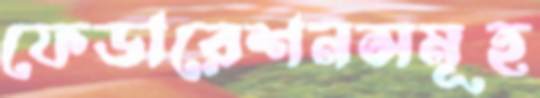
ফেডারেশনসমূহ